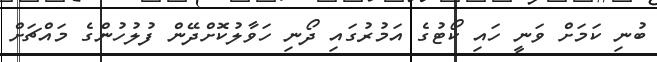
ބުނި ކަމަށް ވަނީ ހައި ކޯޓުގެ އަމުރުގައި ދޯނި ހަވާލުކޮށްދޭން ފުލުހުންގެ މައްޗަށް